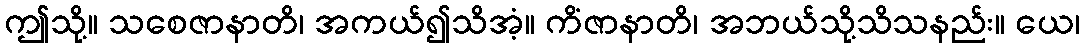
ဤသို့။ သစေဇာနာတိ၊ အကယ်၍သိအံ့။ ကိံဇာနာတိ၊ အဘယ်သို့သိသနည်း။ ယေ၊